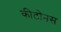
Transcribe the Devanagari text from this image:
कीटोनस